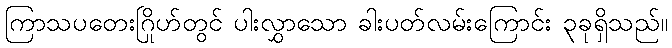
ကြာသပတေးဂြိုဟ်တွင် ပါးလွှာသော ခါးပတ်လမ်းကြောင်း ၃ခုရှိသည်။